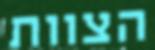
הצוות